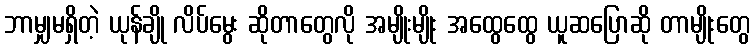
ဘာမျှမရှိတဲ့ ယုန်ချို လိပ်မွေး ဆိုတာတွေလို အမျိုးမျိုး အထွေထွေ ယူဆပြောဆို တာမျိုးတွေ